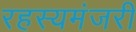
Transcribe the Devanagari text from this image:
रहस्यमंजरी